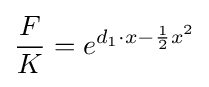
{\frac {F}{K}}=e^{d_{1}\cdot x-{\frac {1}{2}}x^{2}}